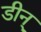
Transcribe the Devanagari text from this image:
डीन्